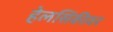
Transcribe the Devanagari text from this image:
हेलसिंकीवर